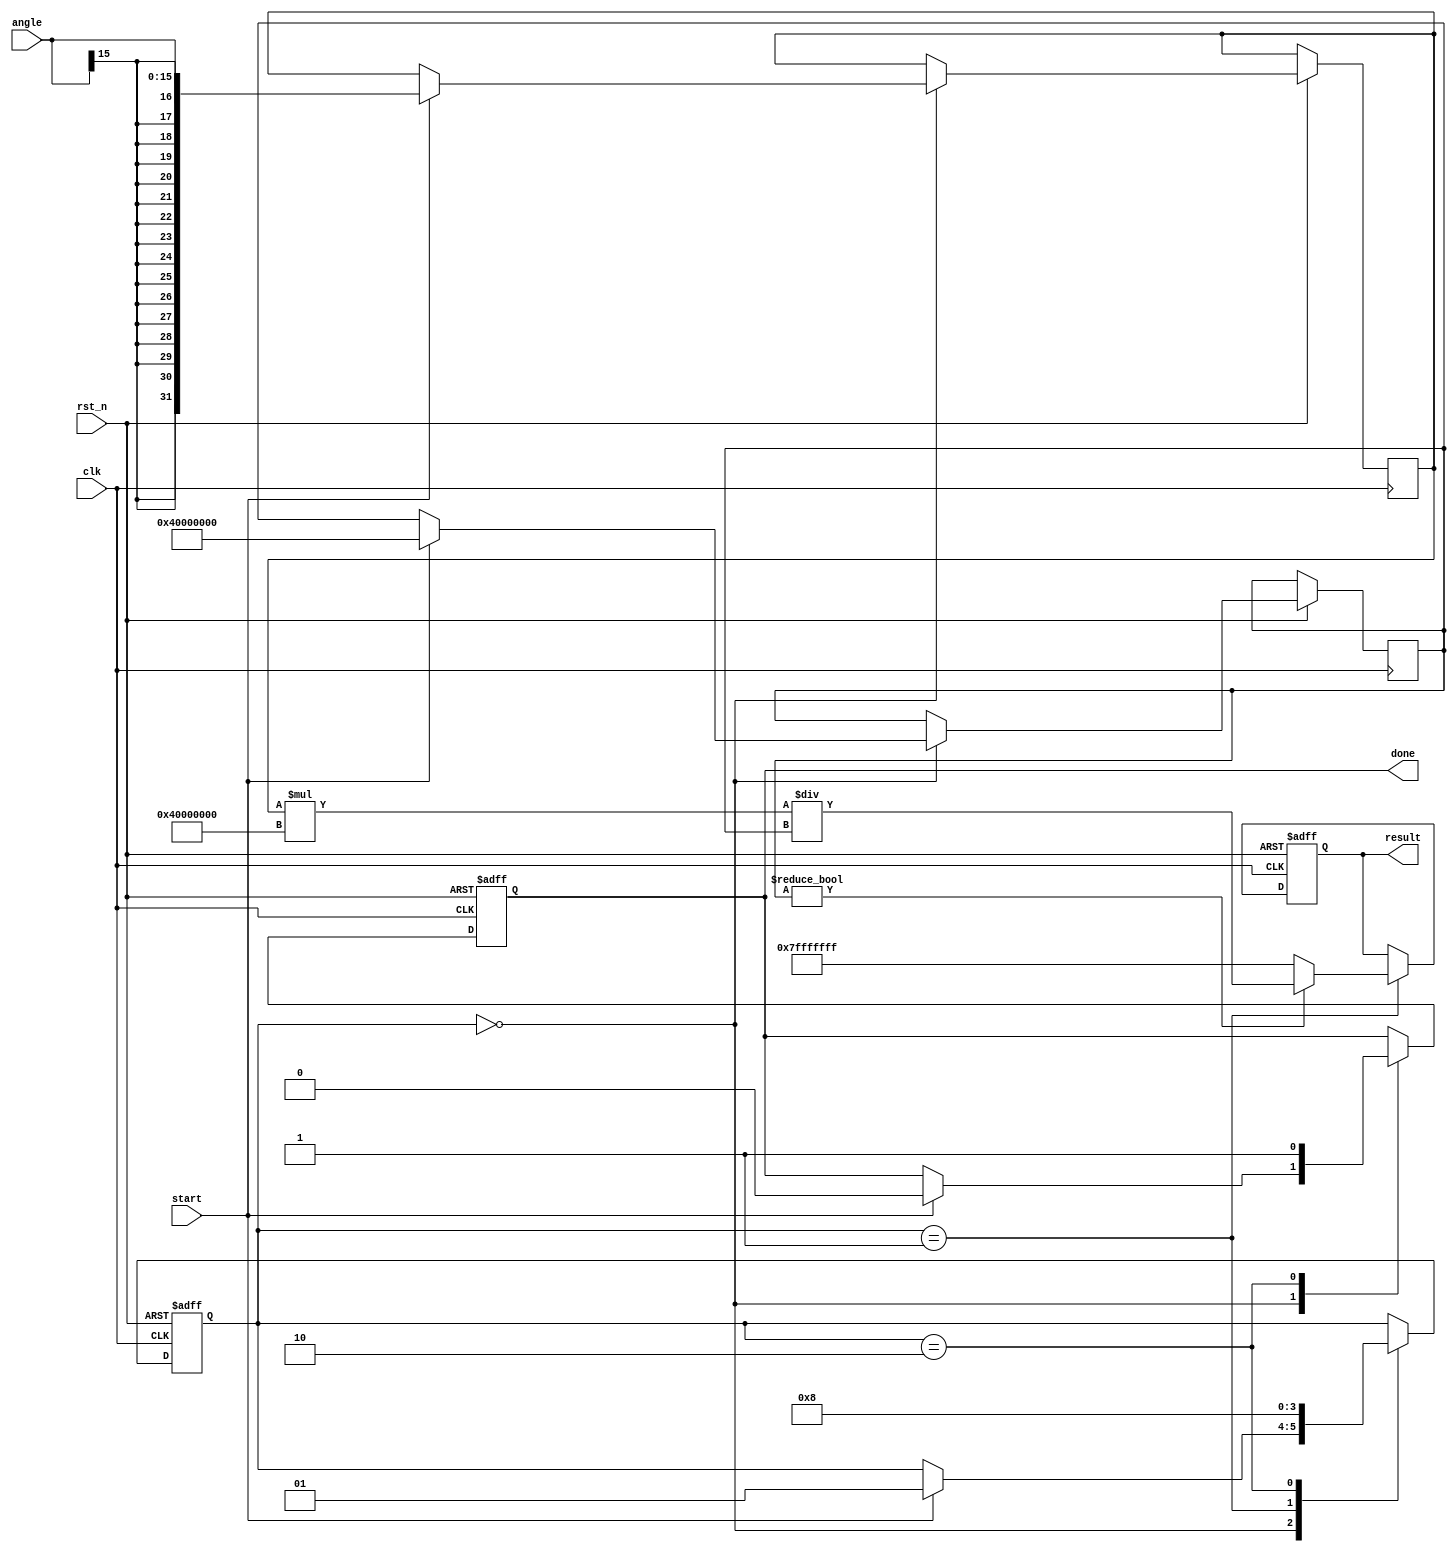
module tan_block (
    input wire clk,
    input wire rst_n,
    input wire [15:0] angle, // Input angle in radians (fixed-point)
    input wire start,        // Control signal to start calculation
    output reg [31:0] result, // Output result (fixed-point)
    output reg done          // Signal to indicate calculation is done
);

    // Tangent function parameters
    reg [31:0] sin_val;
    reg [31:0] cos_val;

    // Internal state
    reg [1:0] state;
    parameter IDLE = 2'b00, CALC = 2'b01, OUTPUT = 2'b10;

    always @(posedge clk or negedge rst_n) begin
        if (!rst_n) begin
            state <= IDLE;
            result <= 32'b0;
            done <= 1'b0;
        end else begin
            case (state)
                IDLE: begin
                    if (start) begin
                        // Reset output and move to calculation state
                        done <= 1'b0;
                        sin_val <= $signed(angle); // Use Taylor series or predefined logic for sin
                        // Example: Calculate sin(angle) and cos(angle)
                        cos_val <= 32'h40000000; // cos(0) = 1 in 32-bit fixed-point (1 << 30)
                        state <= CALC;
                    end
                end
                CALC: begin
                    // Simple Tan Calculation (sin/cos approximation for demonstration)
                    // In practice, you would calculate sin and cos using implemented calculations
                    if (cos_val != 0) begin
                        result <= (sin_val * 32'h40000000) / cos_val; // Fixed-point division
                        state <= OUTPUT; // Move to output state
                    end else begin
                        result <= 32'h7FFFFFFF; // Handle undefined case (tan is undefined)
                        state <= OUTPUT;
                    end
                end
                OUTPUT: begin
                    done <= 1'b1; // Signal that output is ready
                    state <= IDLE; // Go back to idle to wait for the next input
                end
            endcase
        end
    end

endmodule